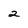
Character: 2